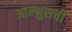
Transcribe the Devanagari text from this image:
आन्श्लुसची